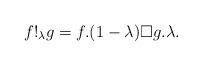
LaTeX: \begin{align*}f!_{\lambda}g=f.(1-\lambda)\Box g.\lambda.\end{align*}